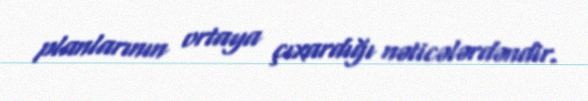
planlarının ortaya çıxardığı nəticələrdəndir.